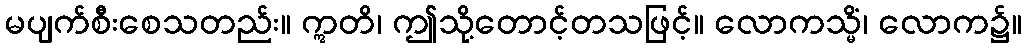
မပျက်စီးစေသတည်း။ ဣတိ၊ ဤသို့တောင့်တသဖြင့်။ လောကသ္မိံ၊ လောက၌။